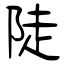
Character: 陡